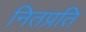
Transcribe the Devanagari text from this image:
नितप्रति